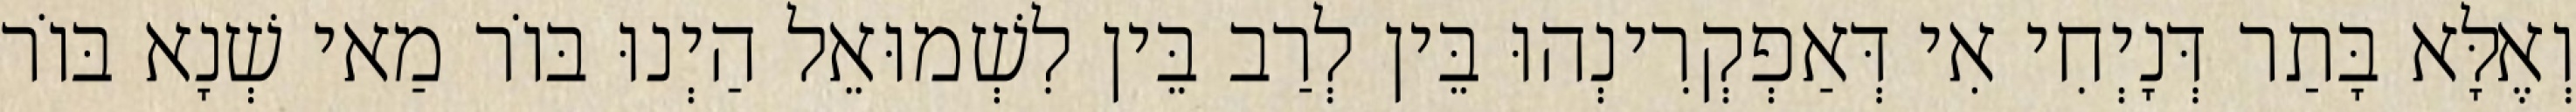
וְאֶלָּא בָּתַר דְּנָיְחִי אִי דְּאַפְקְרִינְהוּ בֵּין לְרַב בֵּין לִשְׁמוּאֵל הַיְנוּ בּוֹר מַאי שְׁנָא בּוֹר